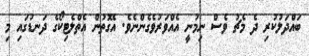
ބައްދަލުކުރި ދެ މެޗު ވެސް ނިމުނީ އެއްވަރުވެގެންނެވެ. އެގޮތުން އެތްލެޓިކޯގެ ދަނޑުގައި މި